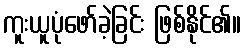
ကူးယူပုံဖော်ခဲ့ခြင်း ဖြစ်နိုင်၏။